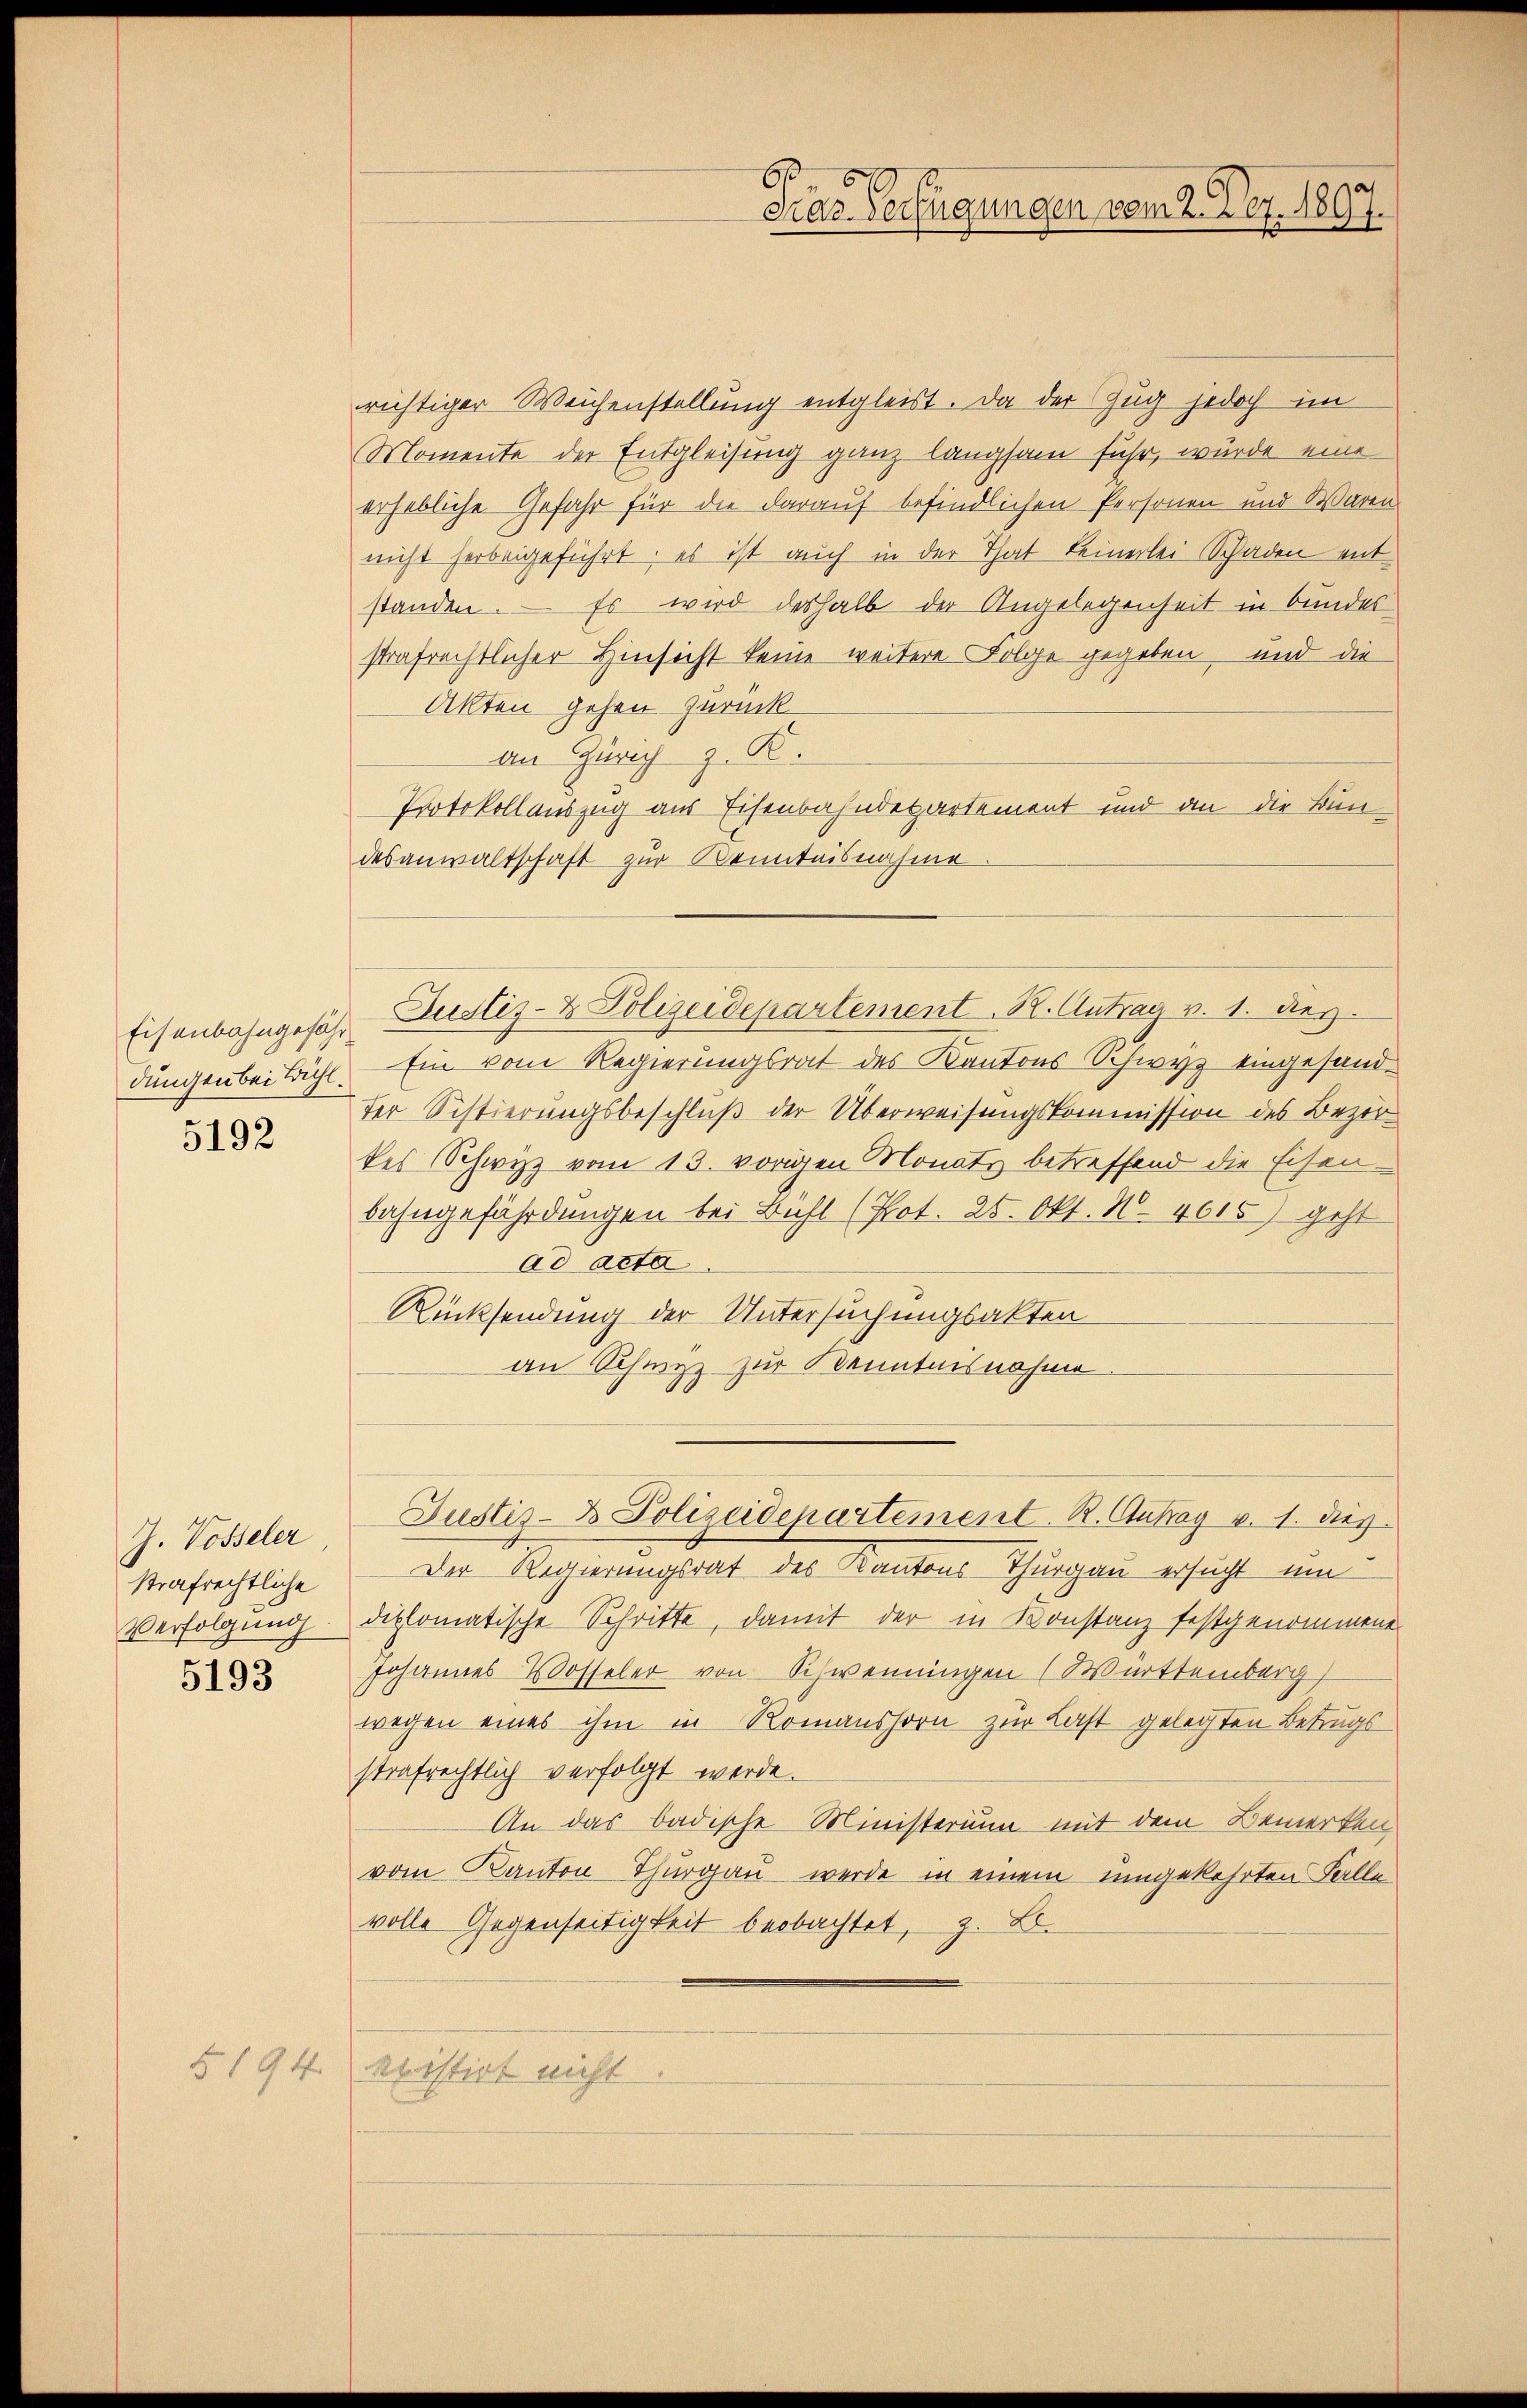
Eisenbahngefähr
dungen bei Bühl.
5192

J. Vosseler
strafrechtliche
Verfolgung
5193

5194

2

60
Gras Verfügungen vom 2. Dez. 1897.

richtiger Weichenstellung entgleist. Da der Zug jedoch im
Momente der Entgleisung ganz langsam fuhr, wurde eine
erhebliche Gefahr für die darauf befindlichen Personen und Waren
nicht herbeigeführt; es ist auch in der That keinerlei Schaden entstanden. — Es wird deshalb der Angelegenheit in bundes
strafrechtlicher Hinsicht keine weitere Folge gegeben und die
Akten gehen zurück
An Zürich z. R.
Protokollauszug aus Eisenbahndepartement und an die Bundesanwaltschaft zur Kenntnisnahme
Ein vom Regierungsrat des Kantons Schwyz eingesandder Sistierungsbeschluß der Überweisungskommission des Bezir
kes Schwyz vom 15. vorigen Monatz betreffend die Eisen-
bahngefährdungen bei Bühl (Pot. 25. Okt. N. 4615) geht
ad acta
Rücksendung der Untersuchungsakten
an Schwyz zur Kenntnisnahme.
Justiz- u. Polizeidepartement. R. Antrag v. 1. dies
Der Regierungsrat des Kantons-Thurgau ersucht um
diplomatische Schritte, damit der in Konstanz festgenommene
Johannes Vosseler von Schweinungen (Württemberg,
wegen eines ihm in Romanshorn zur Last gelegten Betrugs
strafrechtlich verfolgt werde.
An das badische Ministerium mit dem Bemerken
vom Kanton Thurgau werde in einem umgekehrten Falle
volle Gegenseitigkeit beobachtet, z. B.
kristirt nicht.

Justiz- & Polizeidepartement. K. Antrag v. 1. des